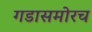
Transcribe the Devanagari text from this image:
गडासमोरच